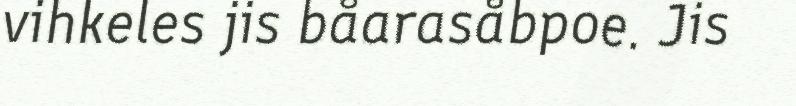
vihkeles jis båarasåbpoe. Jis